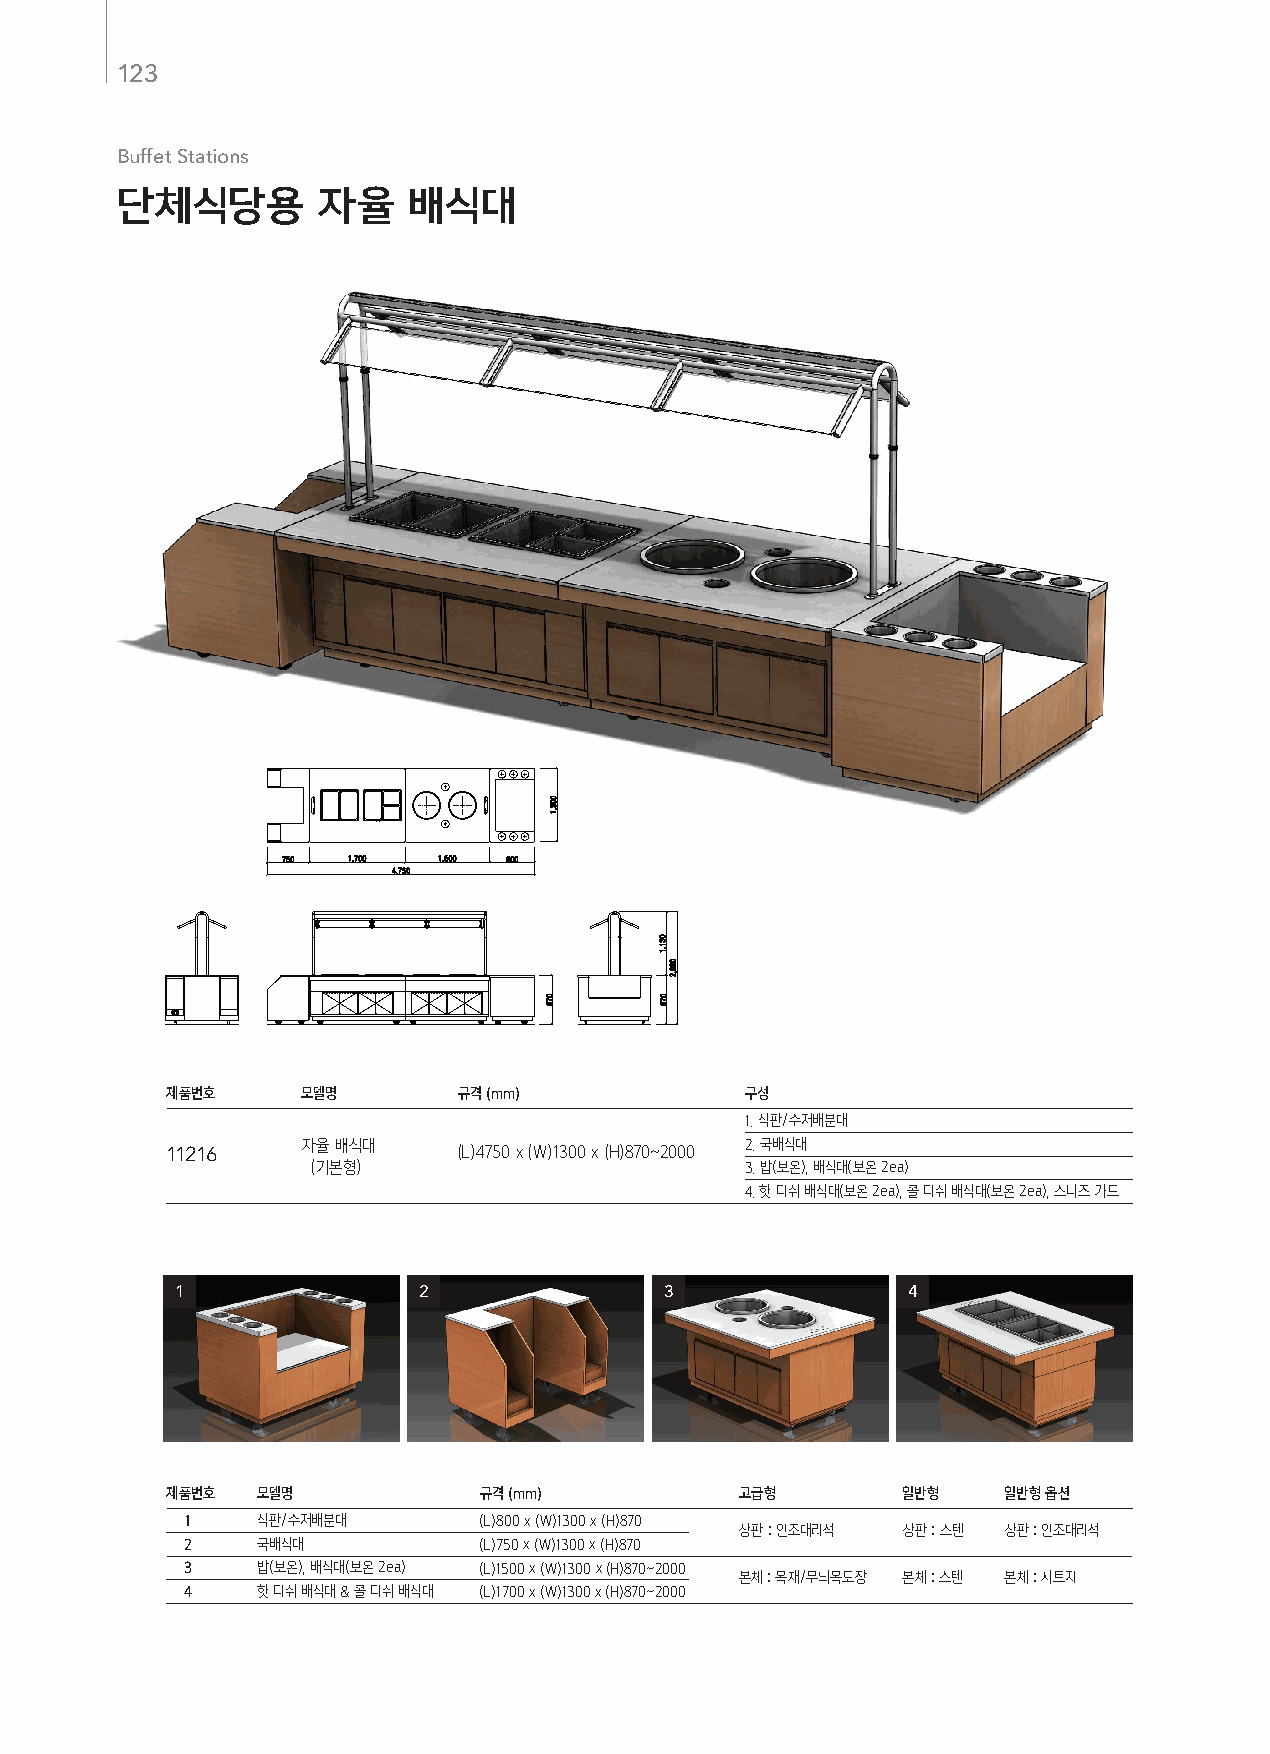
123
 Buffet Stations
 단체식당용        자율    배식대
 제품번호     모델명       규격 (mm)            구성
 1. 식판/수저배분대
 11216    자율 배식대    (L)4750 x (W)1300 x (H)870~2000 2. 국배식대
 (기본형)                       3. 밥(보온), 배식대(보온 2ea)
 4. 핫 디쉬 배식대(보온 2ea), 콜 디쉬 배식대(보온 2ea), 스니즈 가드
 1               2               3               4
 제품번호  모델명            규격 (mm)          고급형        일반형   일반형 옵션
 1    식판/수저배분대       (L)800 x (W)1300 x (H)870
 상판 : 인조대리석 상판 : 스텐 상판 : 인조대리석
 2    국배식대           (L)750 x (W)1300 x (H)870
 3    밥(보온), 배식대(보온 2ea) (L)1500 x (W)1300 x (H)870~2000
 본체 : 목재/무늬목도장 본체 : 스텐 본체 : 시트지
 4    핫 디쉬 배식대 & 콜 디쉬 배식대 (L)1700 x (W)1300 x (H)870~2000